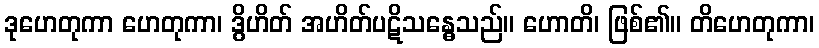
ဒုဟေတုကာ ဟေတုကာ၊ ဒွိဟိတ် အဟိတ်ပဋိသန္ဓေသည်။ ဟောတိ၊ ဖြစ်၏။ တိဟေတုကာ၊